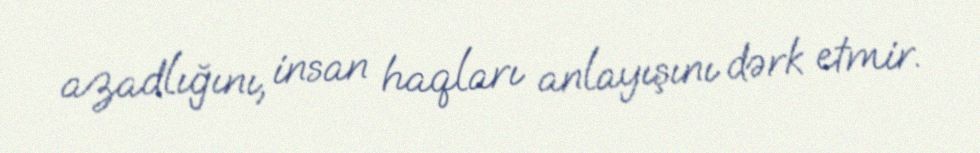
azadlığını, insan haqları anlayışını dərk etmir.